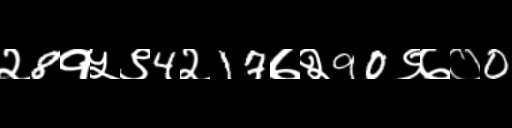
Text: २8१५९4२17७२90९७०0